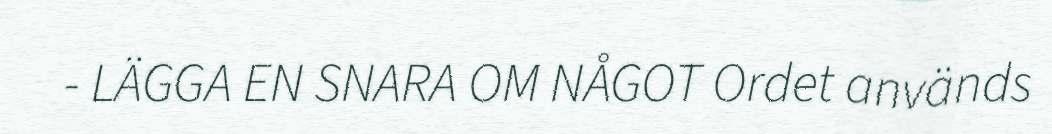
- LÄGGA EN SNARA OM NÅGOT Ordet används